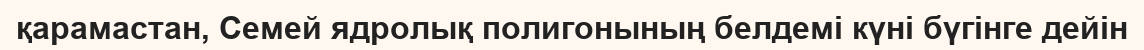
қарамастан, Семей ядролық полигонының белдемі күні бүгінге дейін